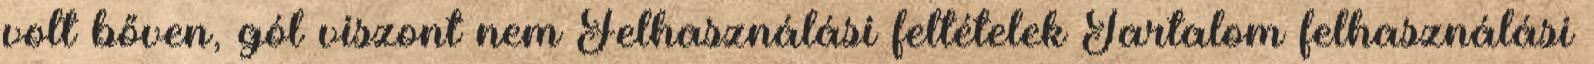
volt bőven, gól viszont nem Felhasználási feltételek Tartalom felhasználási